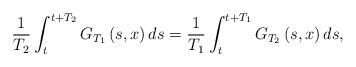
LaTeX: \begin{align*}\frac{1}{T_{2}}\int_{t}^{t+T_{2}}G_{T_{1}}\left(s,x\right)ds=\frac{1}{T_{1}}\int_{t}^{t+T_{1}}G_{T_{2}}\left(s,x\right)ds,\end{align*}